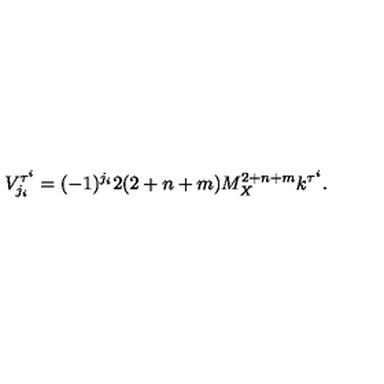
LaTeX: V _ { j _ { i } } ^ { \tau ^ { i } } = ( - 1 ) ^ { j _ { i } } 2 ( 2 + n + m ) M _ { X } ^ { 2 + n + m } k ^ { \tau ^ { i } } . \,